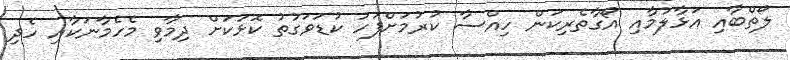
ލޯތްބާއި އަޅާލުމާއި އޯގާތެރިކަން ހިއްސާ ކުރުމަށްފަހު ކުޑަވަގުތު ކޮޅަކަށް ދިމާވި މެހެމާނަކާއި ހެދި